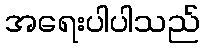
အရေးပါပါသည်